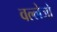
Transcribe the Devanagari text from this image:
वल्लेजो